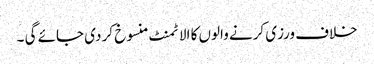
خلاف ورزی کرنے والوں کا الاٹمنٹ منسوخ کر دی جائے گی ۔